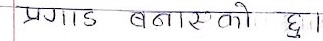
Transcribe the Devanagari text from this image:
प्रगाढ बनाएको छु।